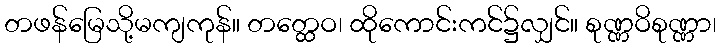
တဖန်မြေသို့မကျကုန်။ တတ္ထေဝ၊ ထိုကောင်းကင်၌လျှင်။ စုဏ္ဏဝိစုဏ္ဏာ၊